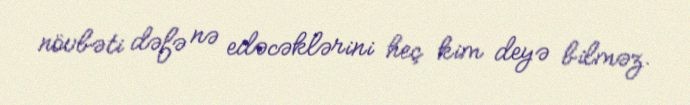
növbəti dəfə nə edəcəklərini heç kim deyə bilməz.